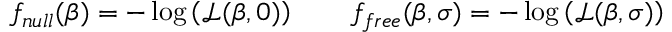
f _ { n u l l } ( \beta ) = - \log \left( \mathcal { L } ( \beta , 0 ) \right) \qquad f _ { f r e e } ( \beta , \sigma ) = - \log \left( \mathcal { L } ( \beta , \sigma ) \right)